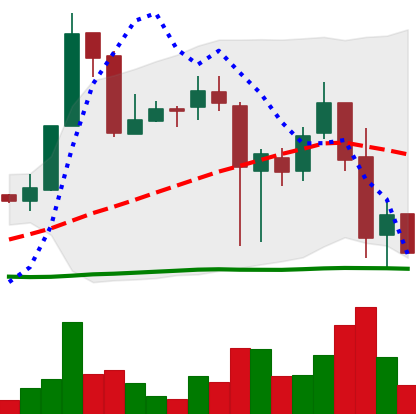
Ticker: XRP-USD
Chart end date: 2018-11-22
Forward return: -15.471%
Label: down_7plus